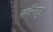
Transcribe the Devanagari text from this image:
मलैनाडु